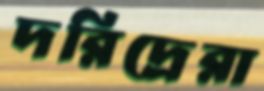
দরিদ্রেরা